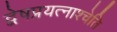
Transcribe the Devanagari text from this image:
द्वेषप्रयत्नाश्चेति